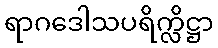
ရာဂဒေါသပရိက္လိဋ္ဌာ